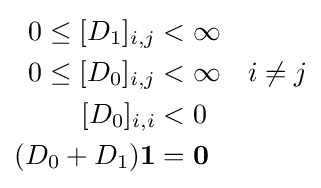
{\begin{aligned}0\leq [D_{1}]_{i,j}&<\infty \\0\leq [D_{0}]_{i,j}&<\infty \quad i\neq j\\\,[D_{0}]_{i,i}&<0\\(D_{0}+D_{1}){\boldsymbol {1}}&={\boldsymbol {0}}\end{aligned}}